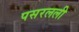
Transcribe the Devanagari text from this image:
पसरलली